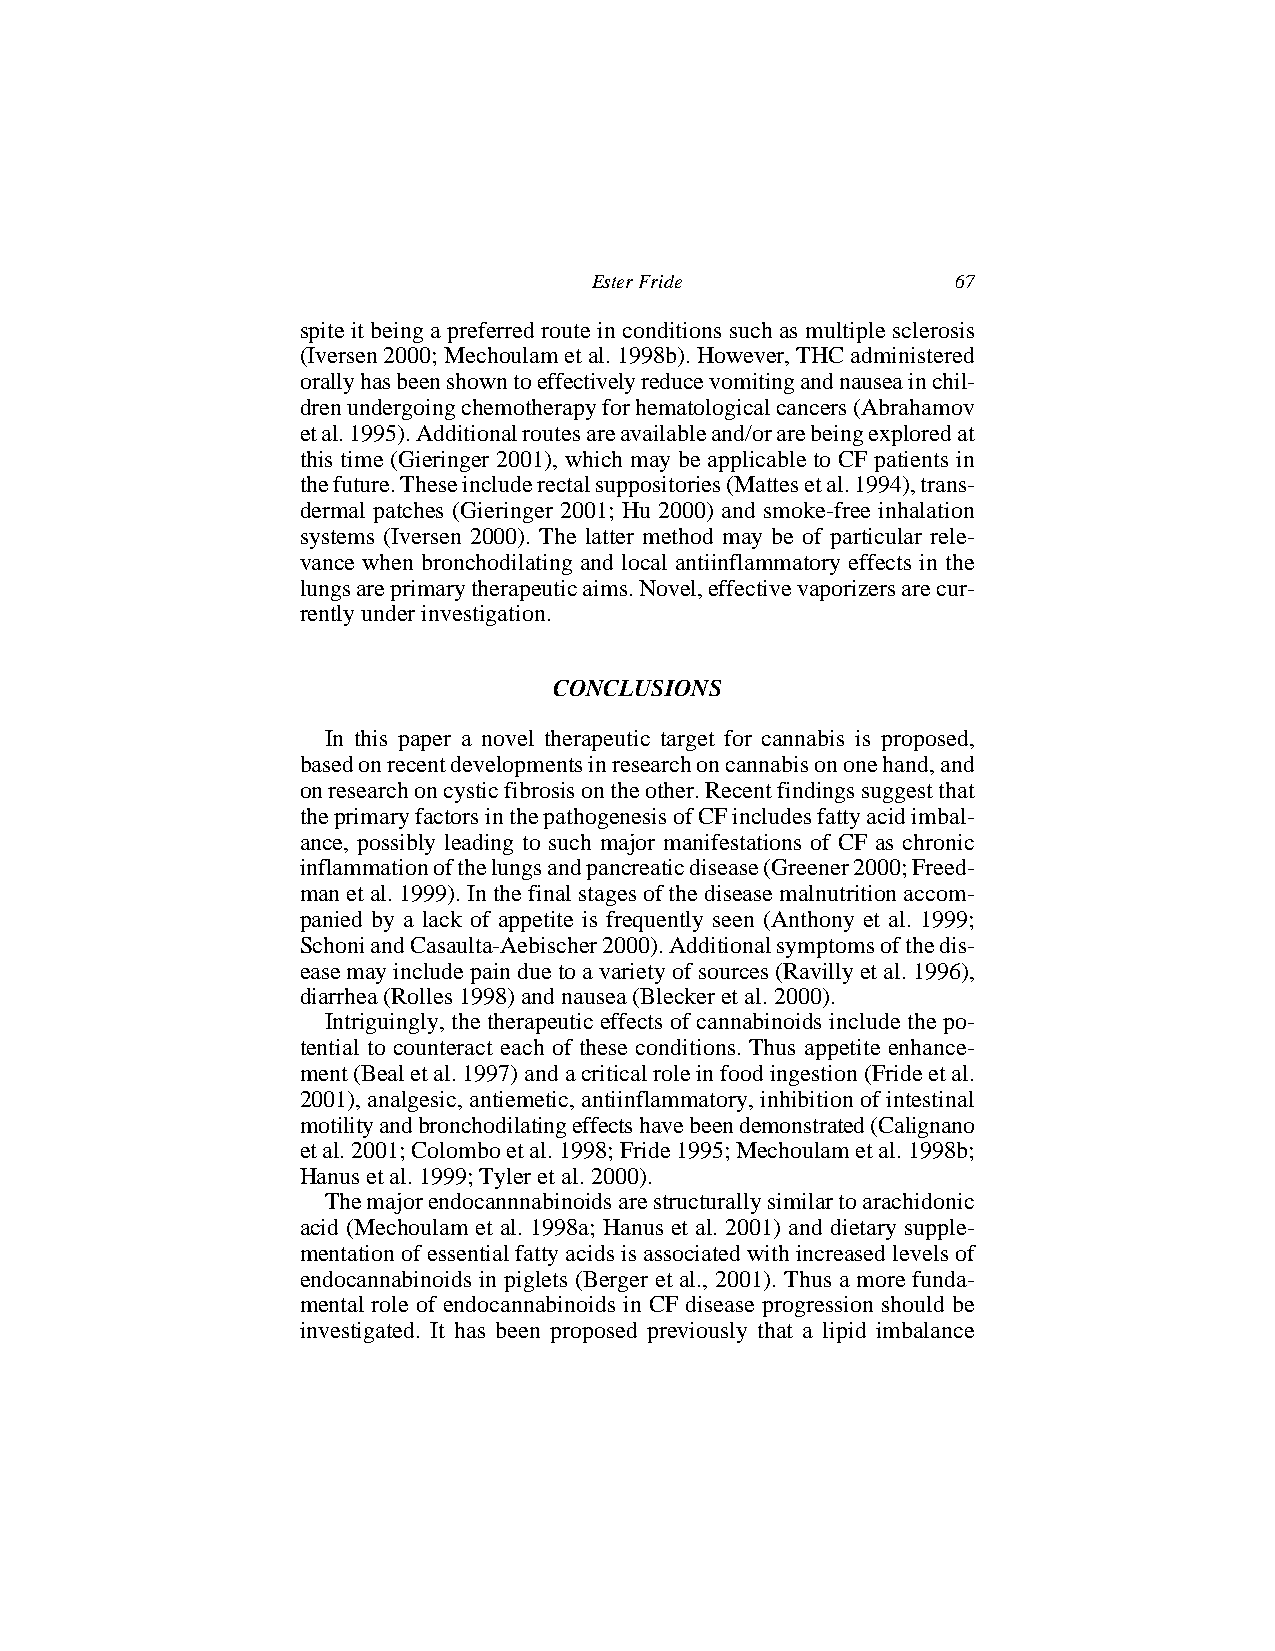
Ester Fride             67
 spite it being a preferred route in conditions such as multiple sclerosis
 (Iversen2000;Mechoulametal.1998b).However,THCadministered
 orallyhasbeenshowntoeffectivelyreducevomitingandnauseainchil-
 drenundergoingchemotherapyforhematologicalcancers(Abrahamov
 etal.1995).Additionalroutesareavailableand/orarebeingexploredat
 this time (Gieringer 2001), which may be applicable to CF patients in
 thefuture.Theseincluderectalsuppositories(Mattesetal.1994),trans-
 dermal patches (Gieringer 2001; Hu 2000) and smoke-free inhalation
 systems (Iversen 2000). The latter method may be of particular rele-
 vance when bronchodilating and local antiinflammatory effects in the
 lungsareprimarytherapeuticaims.Novel,effectivevaporizersarecur-
 rently under investigation.
 CONCLUSIONS
 In this paper a novel therapeutic target for cannabis is proposed,
 basedonrecentdevelopmentsinresearchoncannabisononehand,and
 onresearchoncysticfibrosisontheother.Recentfindingssuggestthat
 theprimaryfactorsinthepathogenesisofCFincludesfattyacidimbal-
 ance, possibly leading to such major manifestations of CF as chronic
 inflammationofthelungsandpancreaticdisease(Greener2000;Freed-
 manetal.1999).Inthefinalstagesofthediseasemalnutritionaccom-
 panied by a lack of appetite is frequently seen (Anthony et al. 1999;
 SchoniandCasaulta-Aebischer2000).Additionalsymptomsofthedis-
 easemayincludepainduetoavarietyofsources(Ravillyetal.1996),
 diarrhea (Rolles 1998) and nausea (Blecker et al. 2000).
 Intriguingly, the therapeutic effects of cannabinoids include the po-
 tential to counteract each of these conditions. Thus appetite enhance-
 ment(Bealetal.1997)andacriticalroleinfoodingestion(Frideetal.
 2001), analgesic, antiemetic, antiinflammatory, inhibition of intestinal
 motilityandbronchodilatingeffectshavebeendemonstrated(Calignano
 etal.2001;Colomboetal.1998;Fride1995;Mechoulametal.1998b;
 Hanus et al. 1999; Tyler et al. 2000).
 Themajorendocannnabinoidsarestructurallysimilartoarachidonic
 acid (Mechoulam et al. 1998a; Hanus et al. 2001) and dietary supple-
 mentationofessentialfattyacidsisassociatedwithincreasedlevelsof
 endocannabinoids in piglets (Berger et al., 2001). Thus a more funda-
 mental role of endocannabinoids in CF disease progression should be
 investigated. It has been proposed previously that a lipid imbalance